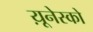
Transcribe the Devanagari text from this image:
य़ूनेस्को